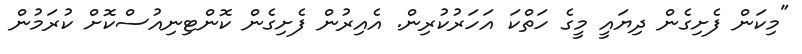
"މިކަން ފެށިގެން ދިޔައީ މީގެ ހަތްކަ އަހަރުކުރިން. އެއިރުން ފެށިގެން ކޮންޓިނިއުސްކޮށް ކުރަމުން